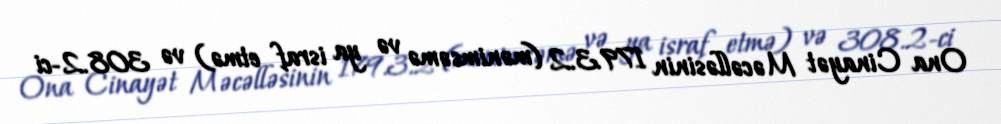
Ona Cinayət Məcəlləsinin 179.3.2 (mənimsəmə və ya israf etmə) və 308.2-ci